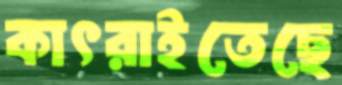
কাৎরাইতেছে